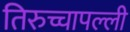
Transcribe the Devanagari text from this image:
तिरुच्चापल्ली